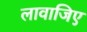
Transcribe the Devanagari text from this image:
लावाजिए